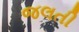
જલતી